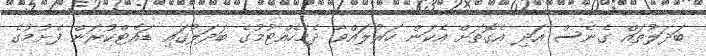
ބަދަލުތައް ގެނެސް އަދި އެގޮތަށް އެކަން ހަރުލައްވާ ދެމެހެއްޓުމުގެ ބަދަލުގައި ޑައެޓްކުރަން ފެށުމުގެ